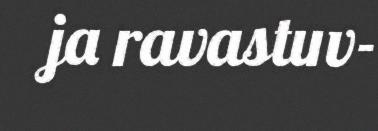
ja ravastuv-